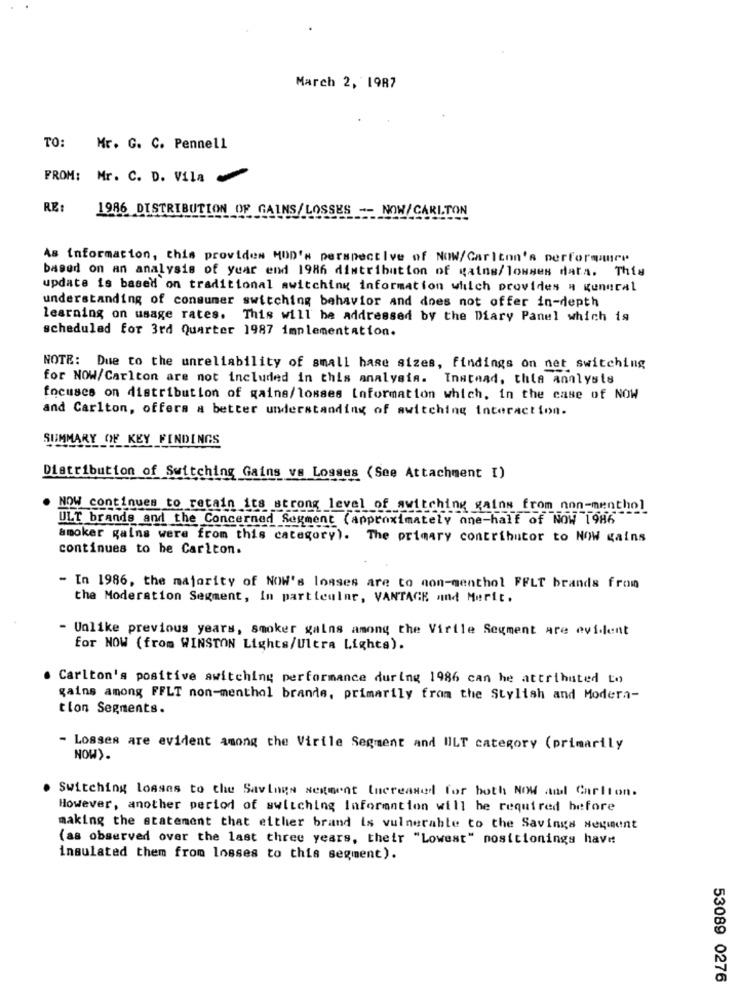
March 2, 1987
TO: Mr. G. C. Pennell
FROM: Mr. C. D. Vila
RE:
1986 DISTRIBUTION OF GAINS/LOSSES -- NOW/CARLTON
As information, this provides MOD's perspective of Now/Carlton's performance
based on an analysis of year end 1986 distribution of gains/losses data. This
update is based on traditional switching information which provides a general
understanding of consumer switching behavior and does not offer in-depth
learning on usage rates. This will be addressed by the Diary Panel which is
scheduled for 3rd Quarter 1987 implementation.
NOTE: Due to the unreliability of small hase sizes, findings on net switching
for NOW/Carlton are not included in this analysis. Instead, thia analysis
focuses on distribution of gains/losses Information which, in the case of NOW
and Carlton, offers a better understanding of switching interaction.
SUMMARY OF KEY FINDINGS
Distribution of Switching Gains vs Losses (See Attachment I)
NOW continues to retain its strong level of switching gains from non-menthol
ULT brands and the Concerned Segment (approximately one-half of NOW 1986
smoker gains were from this category). The primary contributor to NOW gains
continues to be Carlton.
- In 1986, the majority of NOW's losses are to non-menthol FELT brands from
the Moderation Segment, In particular, VANTAGE and Merit.
Unlike previous years, smoker gains among the Virile Segment are evident
for NOW (from WINSTON Lights/Ultra Lights).
Carlton's positive switching performance during 1986 can he attributed to
gains among FFLT non-menthol brande, primarily from the Stylish and Modern-
tion Segments.
- Losses are evident among the Virile Segment and ULT category (primarily
NOW).
Switching losses to the Savings segment Increased for both NOW and Cartion.
However, another period of switching Information will he required before
making the statement that either brand is vulnerable to the Savings segment
(as observed over the last three years, their "Lowest" nositionings have
insulated them from losses to this segment).
53089 0276